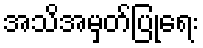
အသိအမှတ်ပြုရေး